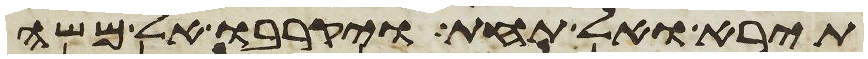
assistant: תירא ואל תחת ויקרבו אל משה